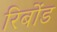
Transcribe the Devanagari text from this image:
रिबोंड